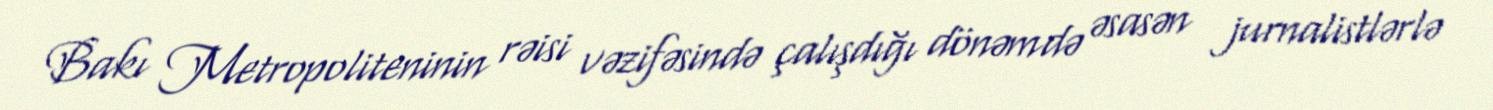
Bakı Metropoliteninin rəisi vəzifəsində çalışdığı dönəmdə əsasən jurnalistlərlə